Civil Veterinary Department. Madras. Admin. report 1910-25 - 1910-1925
Year: 1910
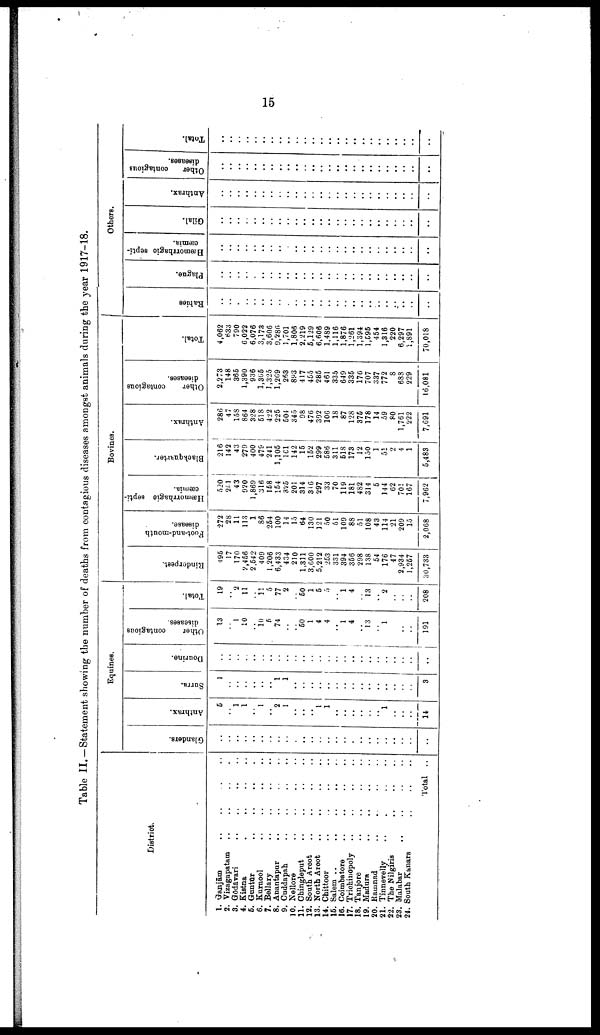
15
Table II. —Statement showing the number of deaths from contagious diseases amongst animals during the year 1917-18.
District.
1. Ganjām ..
2. Vizagapatam ..
3. Godavari ..
4. Kistna ..
5. Guntur ..
6. Kurnool ..
7. Bellary ..
8. Anantapur ..
9. Cuddapah ..
10. Nellore ..
11. Chingleput ..
12. South Aroot ..
13. North Aroot ..
14. Chittoor ..
15. Salem .. ..
16. Coimbatore ..
17. Trichinopoly ..
18. Tanjore ..
19. Madura ..
20. Ramnad ..
21. Tinnevelly ..
22. The Nilgiris
23. Malabar ..
24. South Kanara
..
..
..
..
..
..
..
..
..
..
..
..
..
..
..
..
..
..
..
..
..
..
..
..
..
..
..
..
..
..
..
..
..
..
..
..
..
..
..
..
..
..
..
..
..
..
..
..
Total
..
..
..
..
..
..
..
..
..
..
..
..
..
..
..
..
..
..
..
..
..
..
..
..
..
Equines.
Glanders.
..
..
..
..
..
..
..
..
..
..
..
..
..
..
..
..
..
..
..
..
..
..
..
..
..
Anthrax.
5
..
1
1
..
1
..
2
1
..
..
..
1
1
..
..
..
..
..
..
1
..
..
..
14
Surra.
1
..
..
..
..
..
..
1
1
..
..
..
..
..
..
..
..
..
..
..
..
..
..
..
3
Do urine.
..
..
..
..
..
..
..
..
..
..
..
..
..
..
..
..
..
..
..
..
..
..
..
..
..
Other
contagious
diseases.
13
..
1
10
..
10
5
74
..
..
60
1
4
4
..
1
4
..
13
..
1
..
..
..
191
Total.
19
..
2
11
..
11
5
77
2
..
60
1
5
5
..
1
4
..
13
..
2
..
..
..
208
Bovines.
Rinderpest.
496
17
170
2,456
2,542
409
1,206
6,433
434
210
1,311
3,600
5,212
253
331
394
366
298
138
54
176
47
2,934
1,257
30,733
Foot-and-mouth
disease.
272
28
11
113
1
86
254
100
14
15
64
130
121
50
51
109
88
51
108
43
114
21
209
15
2,068
Hæmorrhagic septi
cæmia.
520
251
43
920
1,869
316
158
154
325
201
314
316
297
33
70
119
181
482
314
5
144
62
701
167
7,962
Blackquarter.
216
142
43
279
400
479
241
1,105
101
142
15
152
299
586
311
518
173
12
150
1
51
2
4
1
5,483
Anthrax.
286
47
158
864
328
518
422
225
504
345
98
476
392
106
18
87
128
375
178
14
59
80
1,761
222
7,691
Other
contagious
diseases.
2,273
148
365
1,390
936
1,365
1,325
1,209
263
893
417
455
285
461
335
649
335
176
707
337
772
8
683
229
16,081
Total.
4,062
633
790
6,022
6,076
3,173
3,606
9,286
1,701
1,806
2,219
5,129
6,606
1,489
1,116
1,876
1,261
1,394
1,595
454
1,316
220
6,297
1,891
70,018
Others.
Rabies
..
..
..
..
..
..
..
..
..
..
..
..
..
..
..
..
..
..
..
..
..
..
..
..
..
Plague.
..
..
..
..
..
..
..
..
..
..
..
..
..
..
..
..
..
..
..
..
..
..
..
..
..
Hæmorrhagic septi
cæmia.
..
..
..
..
..
..
..
..
..
..
..
..
..
..
..
..
..
..
..
..
..
..
..
..
..
Gilal.
..
..
..
..
..
..
..
..
..
..
..
..
..
..
..
..
..
..
..
..
..
..
..
..
..
Anthrax.
..
..
..
..
..
..
..
..
..
..
..
..
..
..
..
..
..
..
..
..
..
..
..
..
..
Other
contagious
diseases.
..
..
..
..
..
..
..
..
..
..
..
..
..
..
..
..
..
..
..
..
..
..
..
..
..
Total.
..
..
..
..
..
..
..
..
..
..
..
..
..
..
..
..
..
..
..
..
..
..
..
..
..